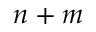
n + m